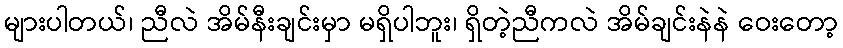
များပါတယ်၊ ညီလဲ အိမ်နီးချင်းမှာ မရှိပါဘူး၊ ရှိတဲ့ညီကလဲ အိမ်ချင်းနဲနဲ ဝေးတော့